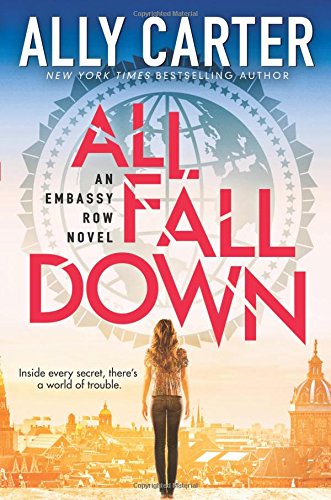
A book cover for Embassy Row #1: All Fall Down; Ally Carter; Teen & Young Adult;